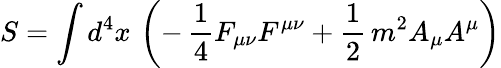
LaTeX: S=\int d^{4}x\, \left(-\, \frac{1}{4}F_{\mu\nu}F^{\mu\nu}+\frac{1}{2}\, m^{2}A_{\mu}A^{\mu}\right)